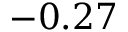
- 0 . 2 7